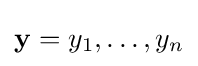
\mathbf {y} =y_{1},\dots ,y_{n}